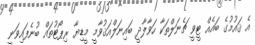
އެ ޤައުމުގެ ބައެއް ޓީވީ ޗެނަލްތަކާ ހަވާލާދީ ބައިނަލްއަޤުވާމީ މީޑިޔާ ރިޕޯޓުތައް ބުނެފައިވަނީ